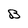
Character: B